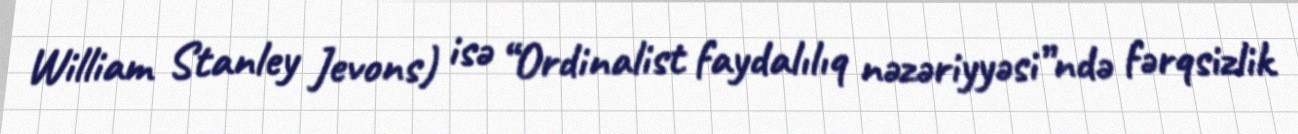
William Stanley Jevons) isə “Ordinalist faydalılıq nəzəriyyəsi”ndə fərqsizlik